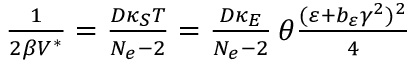
\begin{array} { r } { \frac { 1 } { 2 \beta V ^ { \ast } } = \frac { D \kappa _ { S } T } { N _ { e } - 2 } = \frac { D \kappa _ { E } } { N _ { e } - 2 } \, \theta \frac { ( \varepsilon + b _ { \varepsilon } \gamma ^ { 2 } ) ^ { 2 } } { 4 } } \end{array}